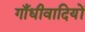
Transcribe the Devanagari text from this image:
गाँधीवादियों